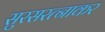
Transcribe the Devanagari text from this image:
सुरसरत्नाकर